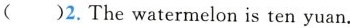
( )2.The watermelon is ten yuan.